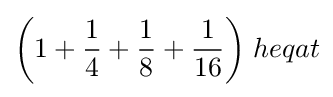
{\bigg (}1+{\frac {1}{4}}+{\frac {1}{8}}+{\frac {1}{16}}{\bigg )}\;heqat